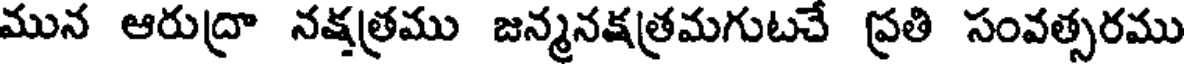
మున ఆరుద్రా నక్షత్రము జన్మనక్షత్రమగుటచే ప్రతి సంవత్సరము